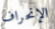
الإنحراف